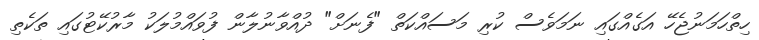
ހިތްހަމަނުޖެހޭ އަގެއްގައި ނަމަވެސް ކުރި މަސައްކަތް "ފެނަށް" ދުއްވާނުލާން ފުވައްމުލަކު މާރުކޭޓުގައި ތަކެތި